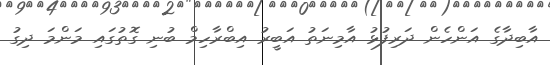
އާބިދާގެ އަންހެން ދަރިފުޅު އާމިނަތު އަބީރު އިބްރާހިމް ބުނި ގޮތުގައި މަންމަ ދިގު